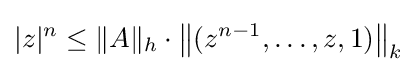
|z|^{n}\leq \|A\|_{h}\cdot \left\|(z^{n-1},\ldots ,z,1)\right\|_{k}